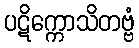
ပဋိက္ကောသိတဗ္ဗံ